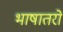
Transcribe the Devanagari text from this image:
भाषातरों